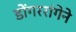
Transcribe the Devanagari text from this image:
डोंगररांगेने